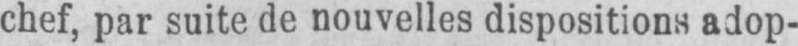
chef, par suite de nouvelles dispositions adop-